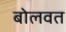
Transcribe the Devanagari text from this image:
बोलवत